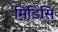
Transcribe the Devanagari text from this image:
मिडिसि